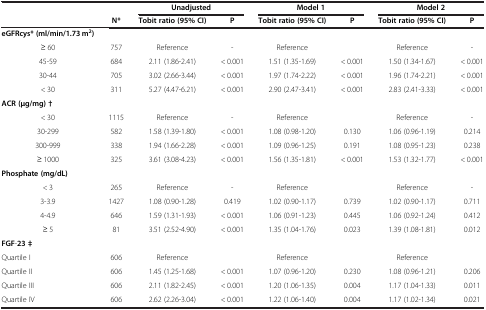
<table><thead><tr><td><b> </b></td><td><b> </b></td><td colspan="2"><b>Unadjusted</b></td><td colspan="2"><b>Model 1</b></td><td colspan="2"><b>Model 2</b></td></tr><tr><td><b> </b></td><td><b>N*</b></td><td><b>Tobit ratio (95% CI)</b></td><td><b>P</b></td><td><b>Tobit ratio (95% CI)</b></td><td><b>P</b></td><td><b>Tobit ratio (95% CI)</b></td><td><b>P</b></td></tr></thead><tbody><tr><td><b>eGFRcys* (ml/min/1.73 m</b><sup><b>2</b></sup><b>)</b></td><td> </td><td> </td><td> </td><td> </td><td> </td><td> </td><td> </td></tr><tr><td>≥ 60</td><td>757</td><td>Reference</td><td>-</td><td>Reference</td><td> </td><td>Reference</td><td>-</td></tr><tr><td>45-59</td><td>684</td><td>2.11 (1.86-2.41)</td><td>&lt; 0.001</td><td>1.51 (1.35-1.69)</td><td>&lt; 0.001</td><td>1.50 (1.34-1.67)</td><td>&lt; 0.001</td></tr><tr><td>30-44</td><td>705</td><td>3.02 (2.66-3.44)</td><td>&lt; 0.001</td><td>1.97 (1.74-2.22)</td><td>&lt; 0.001</td><td>1.96 (1.74-2.21)</td><td>&lt; 0.001</td></tr><tr><td>&lt; 30</td><td>311</td><td>5.27 (4.47-6.21)</td><td>&lt; 0.001</td><td>2.90 (2.47-3.41)</td><td>&lt; 0.001</td><td>2.83 (2.41-3.33)</td><td>&lt; 0.001</td></tr><tr><td><b>ACR (μg/mg) †</b></td><td> </td><td> </td><td> </td><td> </td><td> </td><td> </td><td> </td></tr><tr><td>&lt; 30</td><td>1115</td><td>Reference</td><td>-</td><td>Reference</td><td> </td><td>Reference</td><td>-</td></tr><tr><td>30-299</td><td>582</td><td>1.58 (1.39-1.80)</td><td>&lt; 0.001</td><td>1.08 (0.98-1.20)</td><td>0.130</td><td>1.06 (0.96-1.19)</td><td>0.214</td></tr><tr><td>300-999</td><td>338</td><td>1.94 (1.66-2.28)</td><td>&lt; 0.001</td><td>1.09 (0.96-1.25)</td><td>0.191</td><td>1.08 (0.95-1.23)</td><td>0.238</td></tr><tr><td>≥ 1000</td><td>325</td><td>3.61 (3.08-4.23)</td><td>&lt; 0.001</td><td>1.56 (1.35-1.81)</td><td>&lt; 0.001</td><td>1.53 (1.32-1.77)</td><td>&lt; 0.001</td></tr><tr><td><b>Phosphate (mg/dL)</b></td><td> </td><td> </td><td> </td><td> </td><td> </td><td> </td><td> </td></tr><tr><td>&lt; 3</td><td>265</td><td>Reference</td><td>-</td><td>Reference</td><td> </td><td>Reference</td><td>-</td></tr><tr><td>3-3.9</td><td>1427</td><td>1.08 (0.90-1.28)</td><td>0.419</td><td>1.02 (0.90-1.17)</td><td>0.739</td><td>1.02 (0.90-1.17)</td><td>0.711</td></tr><tr><td>4-4.9</td><td>646</td><td>1.59 (1.31-1.93)</td><td>&lt; 0.001</td><td>1.06 (0.91-1.23)</td><td>0.445</td><td>1.06 (0.92-1.24)</td><td>0.412</td></tr><tr><td>≥ 5</td><td>81</td><td>3.51 (2.52-4.90)</td><td>&lt; 0.001</td><td>1.35 (1.04-1.76)</td><td>0.023</td><td>1.39 (1.08-1.81)</td><td>0.012</td></tr><tr><td><b>FGF</b>-<b>23 ‡</b></td><td> </td><td> </td><td> </td><td> </td><td> </td><td> </td><td> </td></tr><tr><td>Quartile I</td><td>606</td><td>Reference</td><td> </td><td>Reference</td><td> </td><td>Reference</td><td> </td></tr><tr><td>Quartile II</td><td>606</td><td>1.45 (1.25-1.68)</td><td>&lt; 0.001</td><td>1.07 (0.96-1.20)</td><td>0.230</td><td>1.08 (0.96-1.21)</td><td>0.206</td></tr><tr><td>Quartile III</td><td>606</td><td>2.11 (1.82-2.45)</td><td>&lt; 0.001</td><td>1.20 (1.06-1.35)</td><td>0.004</td><td>1.17 (1.04-1.33)</td><td>0.011</td></tr><tr><td>Quartile IV</td><td>606</td><td>2.62 (2.26-3.04)</td><td>&lt; 0.001</td><td>1.22 (1.06-1.40)</td><td>0.004</td><td>1.17 (1.02-1.34)</td><td>0.021</td></tr></tbody></table>